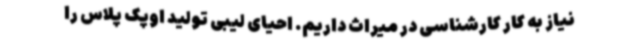
نیاز به کار کارشناسی در میراث داریم. احیای لیبی تولید اوپک پلاس را